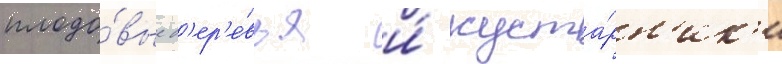
плодо́вые д'ер'е́вья и́ куста́рн'ик'и